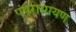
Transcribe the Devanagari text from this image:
पंपरामायण